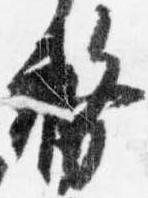
務